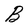
Character: B